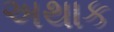
અથાક